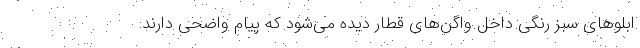
ابلوهای سبز رنگی داخل واگن‌های قطار دیده می‌شود که پیام واضحی دارند: